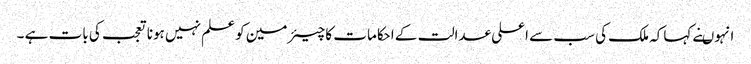
انہوںنے کہاکہ ملک کی سب سے اعلی عدالت کے احکامات کا چیئرمین کو علم نہیں ہونا تعجب کی بات ہے ۔